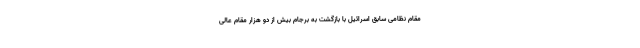
مقام نظامی سابق اسرائیل با بازگشت به برجام بیش از دو هزار مقام عالی